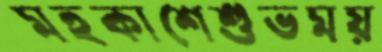
মহকাশেশুভময়